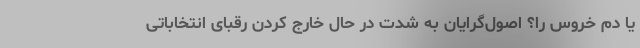
یا دم خروس را؟ اصول‌گرایان به شدت در حال خارج کردن رقبای انتخاباتی